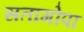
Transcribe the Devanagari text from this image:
सतागोपा